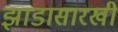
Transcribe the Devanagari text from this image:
झाडासारखी